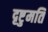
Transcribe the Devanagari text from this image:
दृष्टुमति